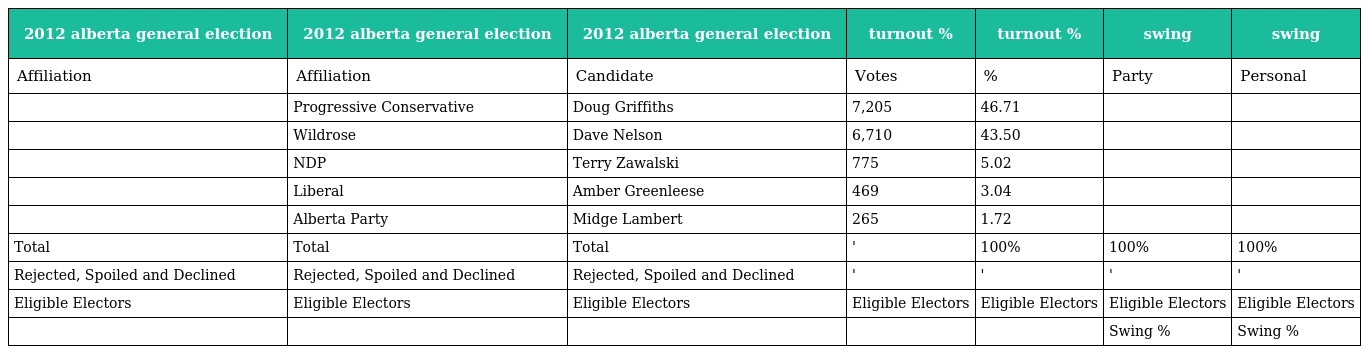
| 2012 alberta general election | 2012 alberta general election | 2012 alberta general election | turnout % | turnout % | swing | swing |
 | --- | --- | --- | --- | --- | --- | --- |
 | Affiliation | Affiliation | Candidate | Votes | % | Party | Personal |
 |  | Progressive Conservative | Doug Griffiths | 7,205 | 46.71 |  |  |
 |  | Wildrose | Dave Nelson | 6,710 | 43.50 |  |  |
 |  | NDP | Terry Zawalski | 775 | 5.02 |  |  |
 |  | Liberal | Amber Greenleese | 469 | 3.04 |  |  |
 |  | Alberta Party | Midge Lambert | 265 | 1.72 |  |  |
 | Total | Total | Total | ' | 100% | 100% | 100% |
 | Rejected, Spoiled and Declined | Rejected, Spoiled and Declined | Rejected, Spoiled and Declined | ' | ' | ' | ' |
 | Eligible Electors | Eligible Electors | Eligible Electors | Eligible Electors | Eligible Electors | Eligible Electors | Eligible Electors |
 |  |  |  |  |  | Swing % | Swing % |